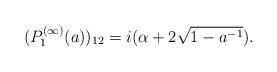
LaTeX: \begin{align*}(P^{(\infty)}_{1}(a))_{12} = i(\alpha + 2 \sqrt{1-a^{-1}}).\end{align*}